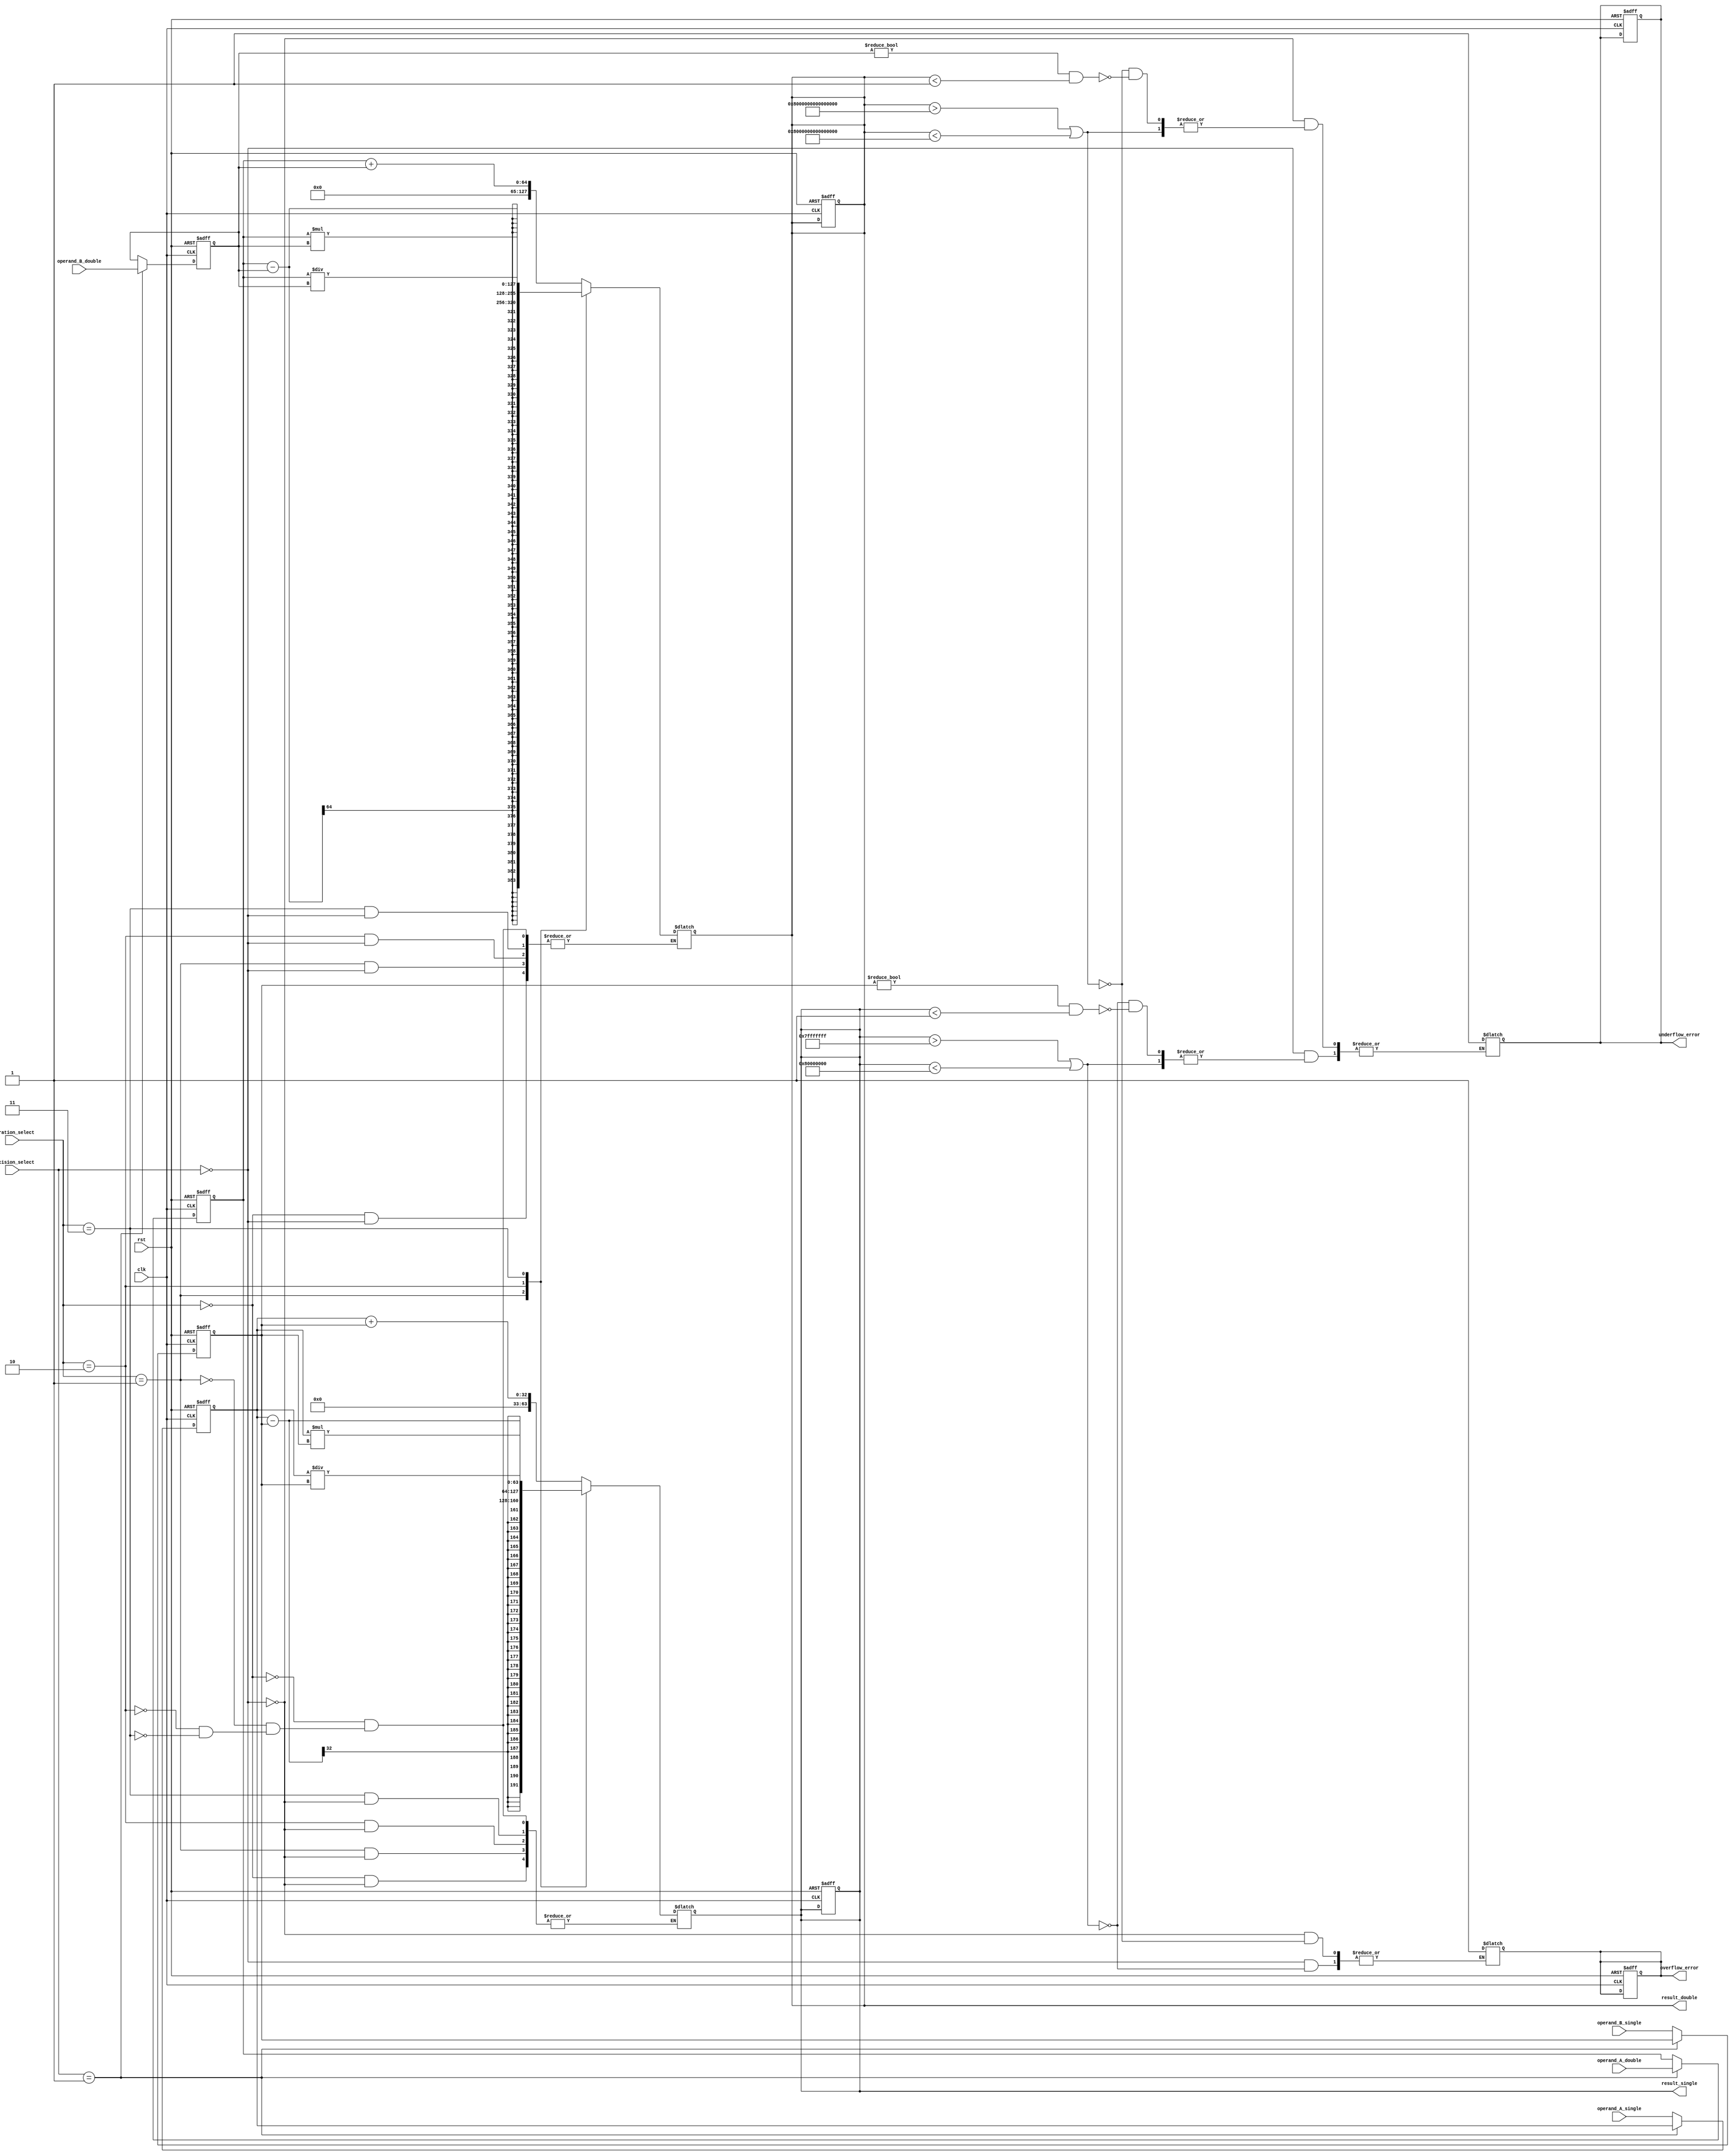
module mixed_precision_float_unit (
    input wire clk,
    input wire rst,
    input wire [1:0] operation_select, // 00:Addition, 01:Subtraction, 10:Multiplication, 11:Division
    input wire [1:0] precision_select, // 00:Single precision, 01:Double precision
    input wire [31:0] operand_A_single, // Input operand A in single precision
    input wire [63:0] operand_A_double, // Input operand A in double precision
    input wire [31:0] operand_B_single, // Input operand B in single precision
    input wire [63:0] operand_B_double, // Input operand B in double precision
    output reg [63:0] result_single, // Output result in single precision
    output reg [127:0] result_double, // Output result in double precision
    output reg overflow_error,
    output reg underflow_error
);

// Define registers for storing input operands and output results
reg [31:0] reg_A_single;
reg [63:0] reg_A_double;
reg [31:0] reg_B_single;
reg [63:0] reg_B_double;

// Control logic for selecting precision of operands and output
always @ (posedge clk or posedge rst) begin
    if (rst) begin
        reg_A_single <= 32'h0;
        reg_A_double <= 64'h0;
        reg_B_single <= 32'h0;
        reg_B_double <= 64'h0;
        result_single <= 64'h0;
        result_double <= 128'h0;
        overflow_error <= 1'b0;
        underflow_error <= 1'b0;
    end else begin
        case (precision_select)
            2'b00: begin // Single precision
                reg_A_single <= operand_A_single;
                reg_B_single <= operand_B_single;
            end
            2'b01: begin // Double precision
                reg_A_double <= operand_A_double;
                reg_B_double <= operand_B_double;
            end
            default: begin // Default to single precision
                reg_A_single <= operand_A_single;
                reg_B_single <= operand_B_single;
            end
        endcase
    end
end

// Arithmetic operations based on operation select
always @ (*) begin
    case (operation_select)
        2'b00: begin // Addition
            if (precision_select == 2'b00) begin // Single precision
                result_single <= reg_A_single + reg_B_single;
            end else begin // Double precision
                result_double <= reg_A_double + reg_B_double;
            end
        end
        2'b01: begin // Subtraction
            if (precision_select == 2'b00) begin // Single precision
                result_single <= reg_A_single - reg_B_single;
            end else begin // Double precision
                result_double <= reg_A_double - reg_B_double;
            end
        end
        2'b10: begin // Multiplication
            if (precision_select == 2'b00) begin // Single precision
                result_single <= reg_A_single * reg_B_single;
            end else begin // Double precision
                result_double <= reg_A_double * reg_B_double;
            end
        end
        2'b11: begin // Division
            if (precision_select == 2'b00) begin // Single precision
                result_single <= reg_A_single / reg_B_single;
            end else begin // Double precision
                result_double <= reg_A_double / reg_B_double;
            end
        end
        default: begin // Default to addition
            if (precision_select == 2'b00) begin // Single precision
                result_single <= reg_A_single + reg_B_single;
            end else begin // Double precision
                result_double <= reg_A_double + reg_B_double;
            end
        end
    endcase
end

// Error handling for overflow and underflow
always @ (*) begin
    if (precision_select == 2'b00) begin // Single precision
        if (result_single > 32'h7FFFFFFF || result_single < 32'h80000000) begin
            overflow_error <= 1'b1;
        end else if (reg_B_single != 32'h0 && result_single < 32'h00000001) begin
            underflow_error <= 1'b1;
        end
    end else begin // Double precision
        if (result_double > 64'h7FFFFFFFFFFFFFFF || result_double < 64'h8000000000000000) begin
            overflow_error <= 1'b1;
        end else if (reg_B_double != 64'h0 && result_double < 64'h0000000000000001) begin
            underflow_error <= 1'b1;
        end
    end
end

endmodule